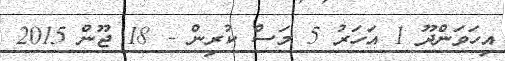
އިހަވަންދޫ 1 އަހަރު 5 މަސް ކުރިން - 18 ޖޫން 2015